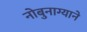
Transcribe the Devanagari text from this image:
नोबुनाग्याने